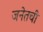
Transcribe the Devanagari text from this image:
जनेतची